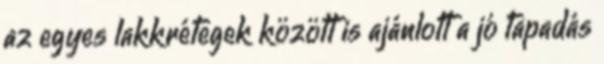
az egyes lakkrétegek között is ajánlott a jó tapadás